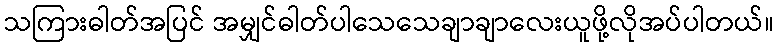
သကြားဓါတ်အပြင် အမျှင်ဓါတ်ပါသေသေချာချာလေးယူဖို့လိုအပ်ပါတယ်။